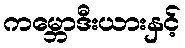
ကမ္ဘောဒီးယားနှင့်